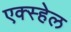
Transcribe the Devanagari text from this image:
एक्स्हेल